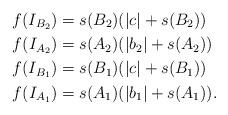
LaTeX: \begin{align*}f(I_{B_2}) &= s(B_2)(|c|+s(B_2)) \\f(I_{A_2}) &= s(A_2)(|b_2|+s(A_2)) \\f(I_{B_1}) & = s(B_1)(|c|+s(B_1)) \\f(I_{A_1}) & = s(A_1)(|b_1|+s(A_1)).\end{align*}